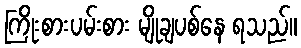
ကြိုးစားပမ်းစား မျိုချပစ်နေ ရသည်။